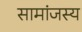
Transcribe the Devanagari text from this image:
सामांजस्य